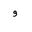
Letter: _waw